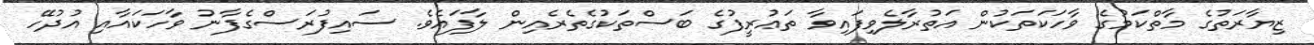
ޒިޔާރަތުގެ މާތްކަމުގެ ވާހަކަތަކުން އަތުރާލެވިފައިވާ ތަޢުރީފުގެ ބަސްތަކުގެތެރެއިން ލާފައެވެ. ސައިފުރަސްގެފާނު ވާހަކައާއި އުދުހޭ